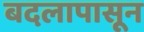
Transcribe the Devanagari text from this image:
बदलापासून